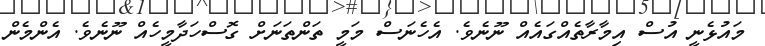
މައުޅެނީ އުސް އިމާރާތެއްގައެއް ނޫނެވެ. އެހެނަސް މަމީ ތަންތަނަށް ގޮސްހަދާމީހެއް ނޫނެވެ. އެންމެން